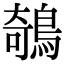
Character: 鵸